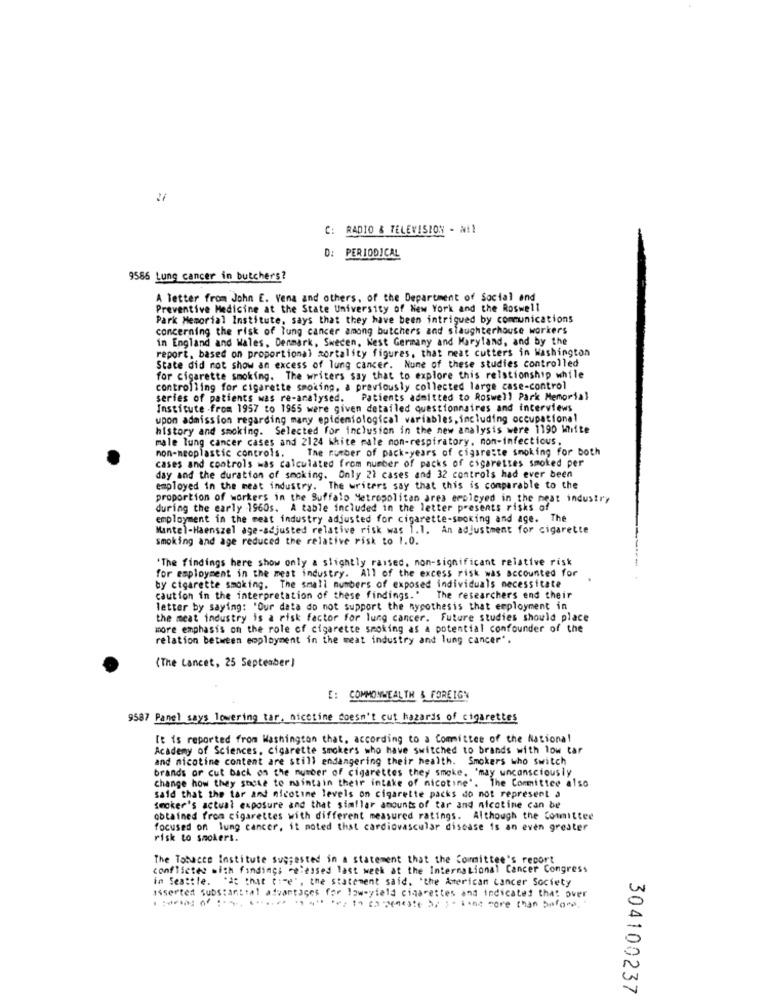
27
C: RADIO & TELEVISION - N !!
D: PERIODICAL
9586 Lung cancer in butchers?
A letter from John E. Vena and others, of the Department of Social and
Preventive Medicine at the State University of New York and the Roswell
Park Memorial Institute, says that they have been intrigued by communications
concerning the risk of lung cancer among butchers and slaughterhouse workers
in England and Wales, Denmark, Sweden, West Germany and Maryland, and by the
report, based on proportional mortality figures, that meat cutters in Washington
State did not show an excess of lung cancer. Nune of these studies controlled
for cigarette smoking. The writers say that to explore this relationship while
controlling for cigarette smoking, a previously collected large case-control
series of patients was re-analysed. Patients admitted to Roswell Park Memorial
Institute .from 1957 to 1955 were given detailed questionnaires and interviews
upon admission regarding many epidemiological variables, including occupationa!
history and smoking. Selected for inclusion in the new analysis were 1390 Witte
male lung cancer cases and 2124 white male non-respiratory. mon-infectious,
non-neoplastic controls. The number of pack-years of cigarette smoking for both
cases and controls was calculated from number of packs of cigarettes smoked per
day and the duration of smoking. Only 21 cases and 32 controls had ever been
employed in the meat industry. The writers say that this is comparable to the
proportion of workers in the Buffalo Metropolitan ares employed in the meat industry
during the early 1960s. A table included in the letter presents risks of
employment in the meat industry adjusted for cigarette-smoking and age. The
Mantel-Haenszel age-adjusted relative risk was 1.1. An adjustment for cigarette
smoking and age reduced the relative risk to 1.0.
"The findings here show only a slightly raised, non-significant relative risk
for employment in the meat industry. All of the excess risk was accounted for
by cigarette smoking. The small numbers of exposed individuals necessitate
caution in the interpretation of these findings." The researchers end their
letter by saying: "Our data do not support the nypothesis that employment in
the meat industry is a risk factor for lung cancer. Future studies should place
more emphasis on the role of cigarette smoking as a potential confounder of the
relation between employment in the meat industry and lung cancer".
(The Lancet, 25 September)
E: COMMONWEALTH & FOREIGN
9587 Panel says lowering tar. nicotine doesn't cut hazards of cigarettes
It is reported from Washington that, according to a Committee of the National
Academy of Sciences, cigarette smokers who have switched to brands with low car
and nicotine content are still endangering their health. Smokers who switch
brands or cut back on the number of cigarettes they smoke. 'may unconsciously
Change how they snese to maintain their intake of nicotine'. The Committee also
said that the tar and nicotine levels on cigarette packs do not represent a
Smoker's actual exposure and that similar amounts of tar and nicotine can be
obtained from cigarettes with different measured ratings. Although the Committee
focused on lung cancer, it noted that cardiovascular disease is an even greater
risk to smokeri.
The Tobacco Institute suggested in a statement that the Committee's report
conflicted with finding; recessed last week at the International Cancer Congress
in Seattle. "a that time", the statement said. "the American cancer Society
asserted Substantial advantages for loweyield cigarettes and indicated that over
304100237